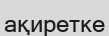
ақиретке